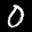
Label: 0